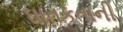
ઘાતકતાની